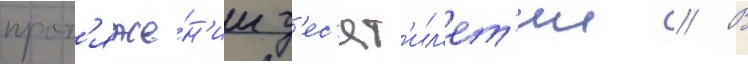
прот'яже́н'ии д'ес'ят'ил'ет'ии // В